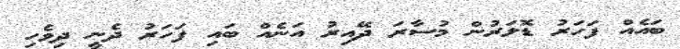
ބައެއް ފަހަރު ޑޮލަރުން މުސާރަ ދޭއިރު އަނެއް ބައި ފަހަރު ދެނީ ދިވެހި